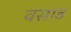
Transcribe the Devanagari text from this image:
वसाड